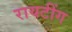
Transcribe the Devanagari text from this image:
रायटींग